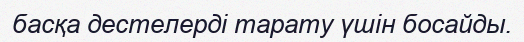
басқа дестелерді тарату үшін босайды.